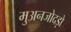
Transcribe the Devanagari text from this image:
मुअनजोदड़ो